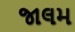
જાલમ